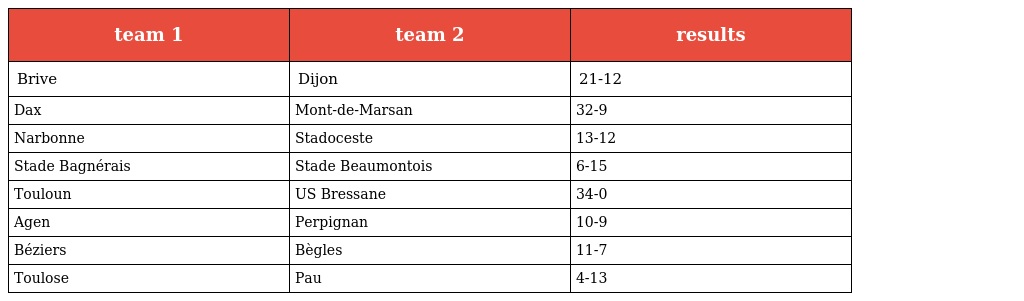
| team 1 | team 2 | results |
 | --- | --- | --- |
 | Brive | Dijon | 21-12 |
 | Dax | Mont-de-Marsan | 32-9 |
 | Narbonne | Stadoceste | 13-12 |
 | Stade Bagnérais | Stade Beaumontois | 6-15 |
 | Touloun | US Bressane | 34-0 |
 | Agen | Perpignan | 10-9 |
 | Béziers | Bègles | 11-7 |
 | Toulose | Pau | 4-13 |